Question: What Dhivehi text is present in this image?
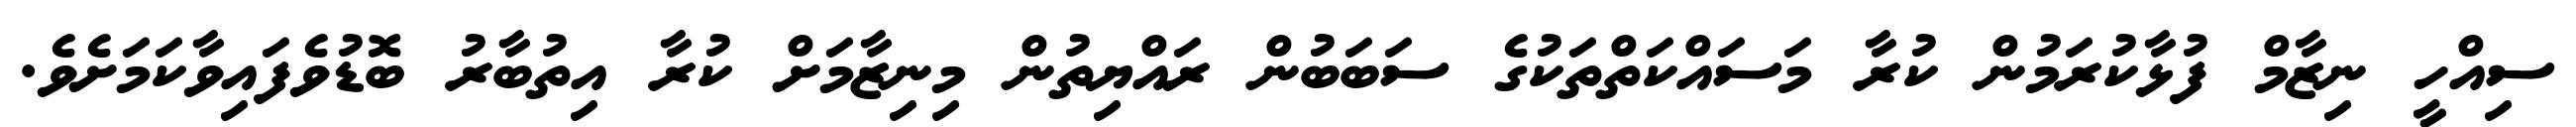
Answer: ސިއްހީ ނިޒާމް ފުޅާކުރަމުން ކުރާ މަސައްކަތްތަކުގެ ސަބަބުން ރައްޔިތުން މިނިޒާމަށް ކުރާ އިތުބާރު ބޮޑުވެފައިވާކަމަށެވެ.